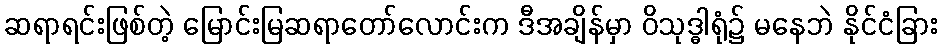
ဆရာရင်းဖြစ်တဲ့ မြောင်းမြဆရာတော်လောင်းက ဒီအချိန်မှာ ဝိသုဒ္ဓါရုံ၌ မနေဘဲ နိုင်ငံခြား